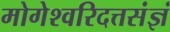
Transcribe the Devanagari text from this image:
मोगेश्वरिदत्तसंज्ञं